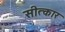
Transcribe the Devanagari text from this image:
सीत्कार